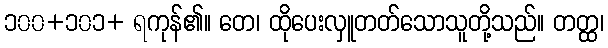
၁၀၀+၁၀၁+ ရကုန်၏။ တေ၊ ထိုပေးလှူတတ်သောသူတို့သည်။ တတ္ထ၊